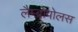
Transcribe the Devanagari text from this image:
लैम्ब्रोपोलस